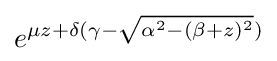
e^{\mu z+\delta (\gamma -{\sqrt {\alpha ^{2}-(\beta +z)^{2}}})}